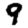
Digit: 9